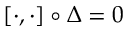
[ \cdot , \cdot ] \circ \Delta = 0